Report of the Bombay Plague Committee
Disease focus: Plague
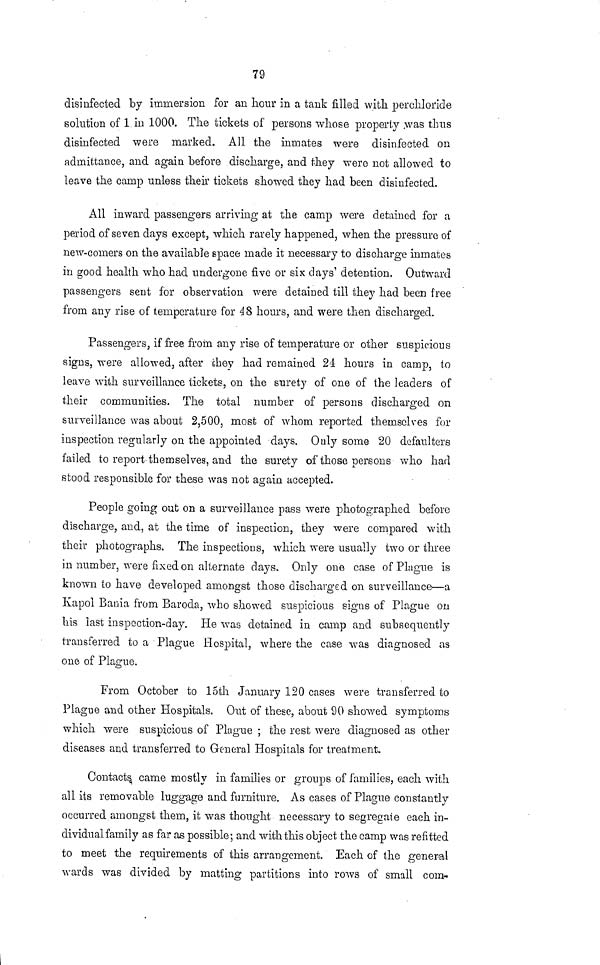
79
disinfected by immersion for an hour in a tank filled with perchloride
solution of 1 in 1000. The tickets of persons whose property was thus
disinfected were marked. All the inmates were disinfected on
admittance, and again before discharge, and they were not allowed to
leave the camp unless their tickets showed they had been disinfected.
All inward passengers arriving at the camp were detained for a
period of seven days except, which rarely happened, when the pressure of
new-comers on the available space made it necessary to discharge inmates
in good health who had undergone five or six days' detention. Outward
passengers sent for observation were detained till they had been free
from any rise of temperature for 48 hours, and were then discharged.
Passengers, if free from any rise of temperature or other suspicious
signs, were allowed, after they had remained 24 hours in camp, to
leave with surveillance tickets, on the surety of one of the leaders of
their communities. The total number of persons discharged on
surveillance was about 2,500, most of whom reported themselves for
inspection regularly on the appointed days. Only some 20 defaulters
failed to report themselves, and the surety of those persons who had
stood responsible for these was not again accepted.
People going out on a surveillance pass were photographed before
discharge, and, at the time of inspection, they were compared with
their photographs. The inspections, which were usually two or three
in number, were fixed on alternate days. Only one case of Plague is
known to have developed amongst those discharged on surveillance—a
Kapol Bania from Baroda, who showed suspicious signs of Plague on
his last inspection-day. He was detained in camp and subsequently
transferred to a Plague Hospital, where the case was diagnosed as
one of Plague.
From October to 15th January 120 cases were transferred to
Plague and other Hospitals. Out of these, about 90 showed symptoms
which were suspicious of Plague ; the rest were diagnosed as other
diseases and transferred to General Hospitals for treatment.
Contacts came mostly in families or groups of families, each with
all its removable luggage and furniture. As cases of Plague constantly
occurred amongst them, it was thought necessary to segregate each in-
dividual family as far as possible; and with this object the camp was refitted
to meet the requirements of this arrangement. Each of the general
wards was divided by matting partitions into rows of small com-